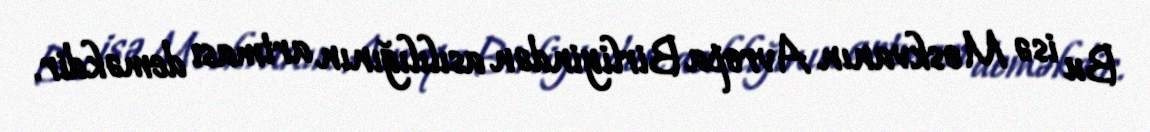
Bu isə Moskvanın Avropa Birliyindən asılılığının artması deməkdir.